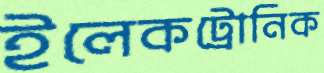
ইলেকট্রোনিক